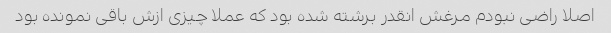
اصلا راضی نبودم مرغش انقدر برشته شده بود که عملا چیزی ازش باقی نمونده بود